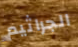
الجراثيم